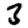
Digit: 3